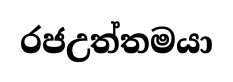
රජඋත්තමයා